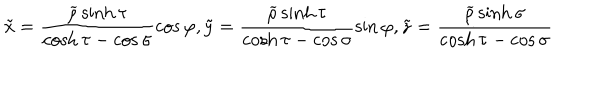
LaTeX: \tilde { x } = \frac { \widetilde { \rho } \sinh \tau } { \cosh \tau - \cos \sigma } \cos \varphi , \tilde { y } = \frac { \widetilde { \rho } \sinh \tau } { \cosh \tau - \cos \sigma } \sin \varphi , \tilde { z } = \frac { \widetilde { \rho } \sinh \sigma } { \cosh \tau - \cos \sigma }